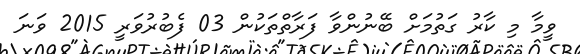
ވީމާ މި ކާރު ގަތުމަށް ބޭނުންވާ ފަރާތްތަކުން 03 ފެބުރުވަރީ 2015 ވަނަ